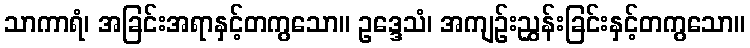
သာကာရံ၊ အခြင်းအရာနှင့်တကွသော။ ဥဒ္ဒေသံ၊ အကျဉ်းညွှန်းခြင်းနှင့်တကွသော။